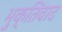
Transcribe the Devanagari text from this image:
भुक्तिवाद